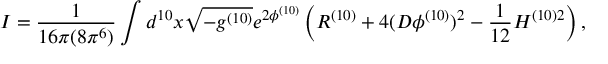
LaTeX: I = \frac { 1 } { 1 6 \pi ( 8 \pi ^ { 6 } ) } \int d ^ { 1 0 } x \sqrt { - g ^ { ( 1 0 ) } } e ^ { 2 \phi ^ { ( 1 0 ) } } \left( R ^ { ( 1 0 ) } + 4 ( D \phi ^ { ( 1 0 ) } ) ^ { 2 } - \frac { 1 } { 1 2 } H ^ { ( 1 0 ) 2 } \right) ,